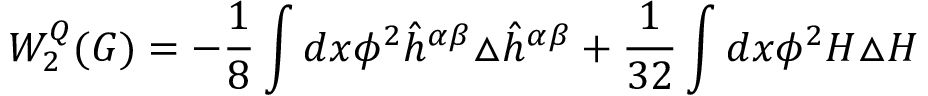
W _ { 2 } ^ { Q } ( G ) = - \frac { 1 } { 8 } \int d x \phi ^ { 2 } \hat { h } ^ { \alpha \beta } \triangle \hat { h } ^ { \alpha \beta } + \frac { 1 } { 3 2 } \int d x \phi ^ { 2 } H \triangle H